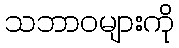
သဘာဝများကို